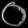
Digit: ၀